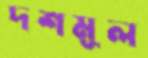
দশমূল